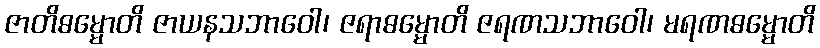
ဇာတိဓမ္မောတိ ဇာယနသဘာဝေါ၊ ဇရာဓမ္မောတိ ဇရဏသဘာဝေါ၊ မရဏဓမ္မောတိ